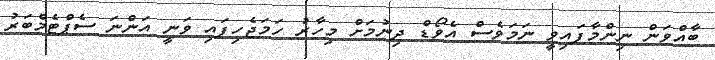
ބާއްވަން ނިންމާފައިވީ ނަމަވެސް އެވޯޑް ދިނުމަށް މިހާރު ހަމަޖެހިފައި ވަނީ އަންނަ ސެޕްޓެމްބަރު